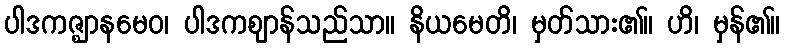
ပါဒကဇ္ဈာနမေဝ၊ ပါဒကဈာန်သည်သာ။ နိယမေတိ၊ မှတ်သား၏။ ဟိ၊ မှန်၏။